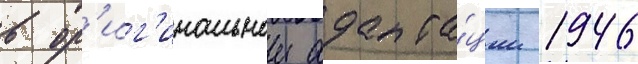
в ор'иг'инальнои адапта́ции 1946